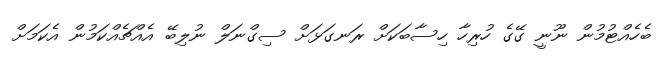
ބެހެއްޓުމުން ނޫނީ ގޭގެ ހުރިހާ ހިސާބަކަށް ރަނގަޅަށް ސިގްނަލް ނުލިބޭ އެއްޗެއްކަމުން އެކަމަށް